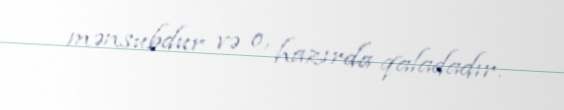
mənsubdur və o, hazırda qaladadır.